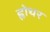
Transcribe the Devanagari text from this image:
ह्वोथर